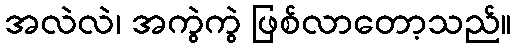
အလဲလဲ၊ အကွဲကွဲ ဖြစ်လာတော့သည်။